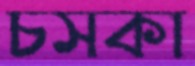
চসকা